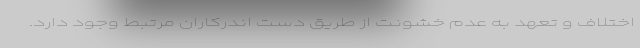
اختلاف و تعهد به عدم خشونت از طریق دست اندرکاران مرتبط وجود دارد.